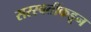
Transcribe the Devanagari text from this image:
सरस्वतींकडून